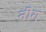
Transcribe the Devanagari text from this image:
नींग